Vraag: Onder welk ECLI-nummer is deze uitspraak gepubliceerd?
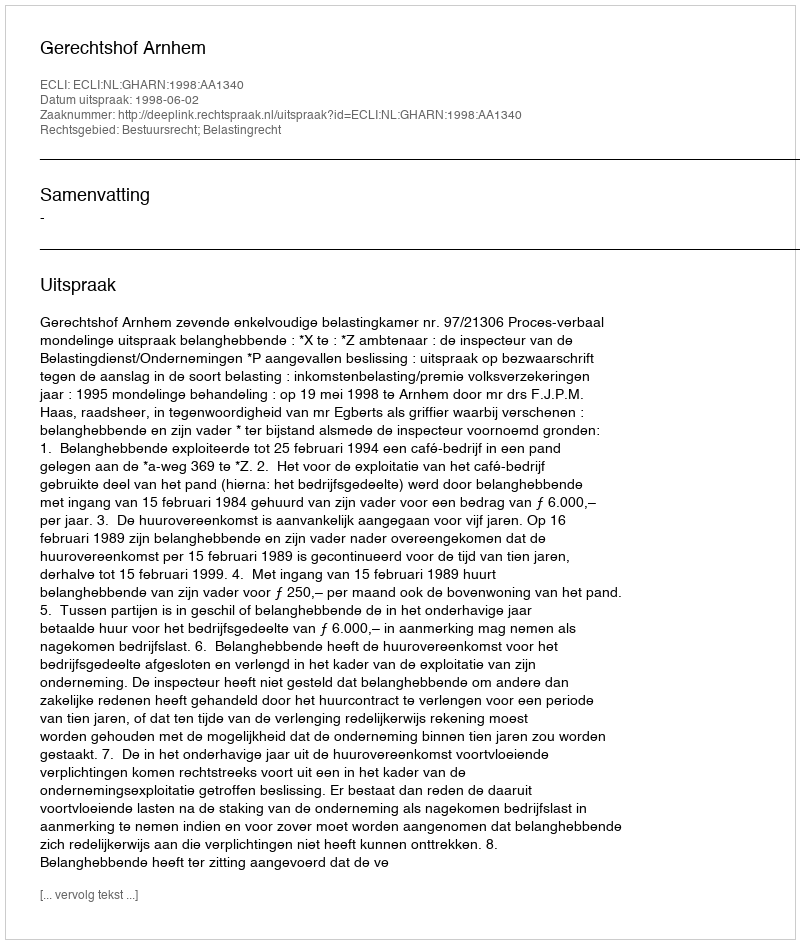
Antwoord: ECLI:NL:GHARN:1998:AA1340